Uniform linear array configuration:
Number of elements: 64
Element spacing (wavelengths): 0.25
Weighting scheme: hamming
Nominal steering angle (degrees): -15
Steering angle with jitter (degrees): -15.139
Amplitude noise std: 0.05
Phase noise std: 0.05

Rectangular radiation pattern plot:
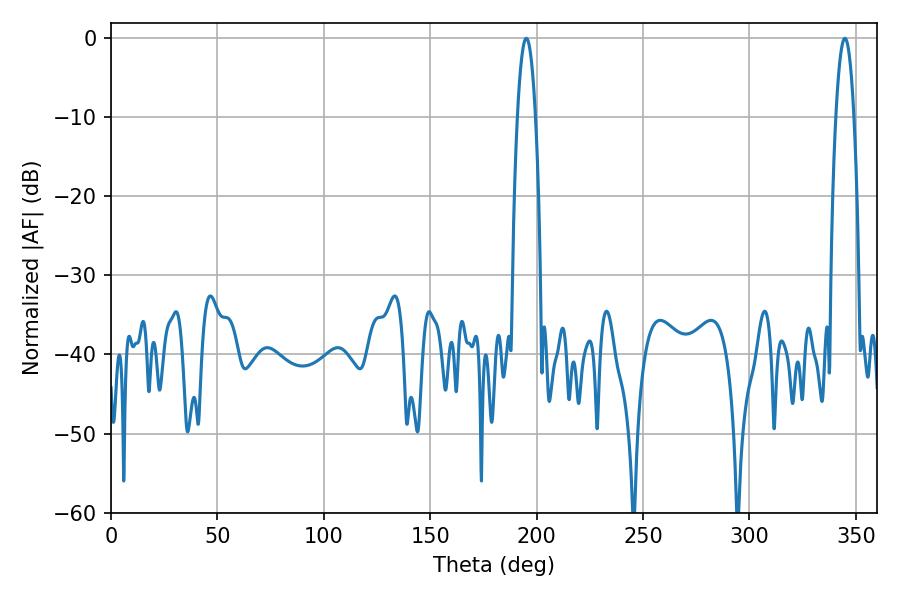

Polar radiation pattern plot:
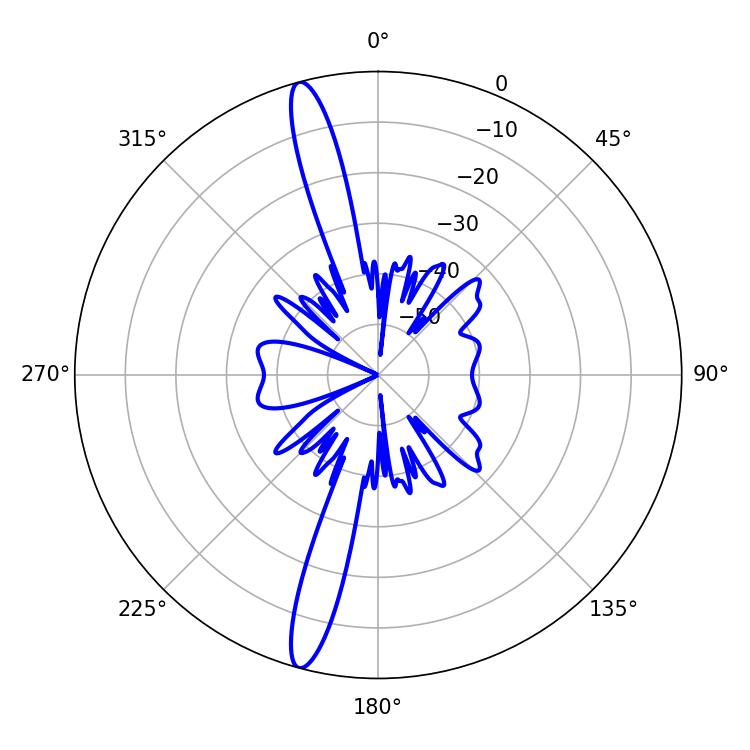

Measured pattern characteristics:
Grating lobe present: FALSE
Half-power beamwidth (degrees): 4.68
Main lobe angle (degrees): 195.12